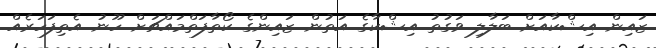
ޒައިން އިޝްކާއަށް ބަލާލި ވަގުތު އިޝްކާގެ އަތުން ޒައިންގެ ކޯތާފަތްމައްޗަށް ހޫނު އެތިފަހަރެއް